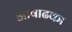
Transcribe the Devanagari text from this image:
आषाढका